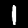
Digit: 1